Indian journal of veterinary science and animal husbandry - Volume 1,
Year: 1931
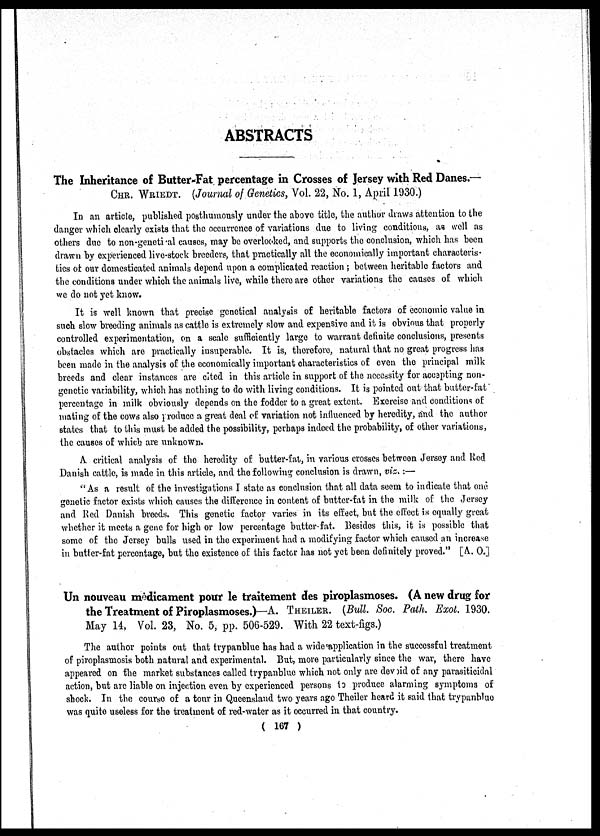
ABSTRACTS
The Inheritance of Butter-Fat percentage in Crosses of Jersey with Red Danes.—
CHR. WRIEDT. (Journal of Genetics, Vol. 22, No. 1, April 1930.)
In an article, published posthumously under the above title, the author draws attention to the
danger which clearly exists that the occurrence of variations due to living conditions, as well as
others due to non-genetical causes, may be overlooked, and supports the conclusion, which has been
drawn by experienced live-stock breeders, that practically all the economically important characteris-
tics of our domesticated animals depend upon a complicated reaction ; between heritable factors and
the conditions under which the animals live, while there are other variations the causes of which
we do not yet know.
It is well known that precise genetical analysis of heritable factors of economic value in
such slow breeding animals as cattle is extremely slow and expensive and it is obvious that properly
controlled experimentation, on a scale sufficiently large to warrant definite conclusions, presents
obstacles which are practically insuperable. It is, therefore, natural that no great progress has
been made in the analysis of the economically important characteristics of even the principal milk
breeds and clear instances are cited in this article in support of the necessity for accepting non-
genetic variability, which has nothing to do with living conditions. It is pointed out that butter-fat
percentage in milk obviously depends on the fodder to a great extent. Exercise and conditions of
mating of the cows also produce a great deal of variation not influenced by heredity, and the author
states that to this must be added the possibility, perhaps indeed the probability, of other variations,
the causes of which are unknown.
A critical analysis of the heredity of butter-fat, in various crosses between Jersey and Red
Danish cattle, is made in this article, and the following conclusion is drawn, viz.:—
"As a result of the investigations I state as conclusion that all data seem to indicate that one
genetic factor exists which causes the difference in content of butter-fat in the milk of the Jersey
and Red Danish breeds. This genetic factor varies in its effect, but the effect is equally great
whether it meets a gene for high or low percentage butter-fat. Besides this, it is possible that
some of the Jersey bulls used in the experiment had a modifying factor which caused an increase
in butter-fat percentage, but the existence of this factor has not yet been definitely proved." [A. 0.]
Un nouveau medicament pour le traitement des piroplasmoses. (A new drug for
the Treatment of Piroplasmoses.)—A. THEILER. (Bull. Soc. Path. Exot. 1930.
May 14, Vol. 23, No. 5, pp. 506-529. With 22 text-figs.)
The author points out that trypanblue has had a wide application in the successful treatment
of Piroplasmosis both natural and experimental. But, more particularly since the war, there have
appeared on the market substances called trypanblue which not only are devoid of any parasiticidal
action, but are liable on injection even by experienced persons to produce alarming symptoms of
shock. In the course of a tour in Queensland two years ago Theiler heard it said that trypanblue
was quite useless for the treatment of red-water as it occurred in that country.
( 167 )